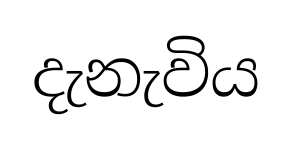
දැනැවිය